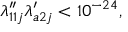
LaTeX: \lambda _ { 1 1 j } ^ { \prime \prime } \lambda _ { a 2 j } ^ { \prime } < 1 0 ^ { - 2 4 } ,